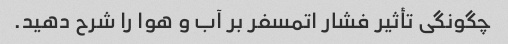
چگونگی تأثیر فشار اتمسفر بر آب و هوا را شرح دهید.